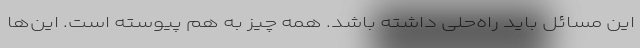
این مسائل باید راه‌حلی داشته باشد. همه چیز به هم پیوسته است. این‌ها